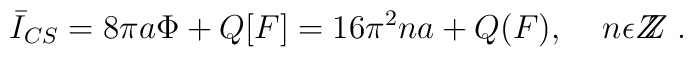
\bar I_{CS}= 8\pi a\Phi +Q[F]= 16\pi^2 na + Q(F), \;\;\;\;n \epsilon Z\!\!\!Z \; .